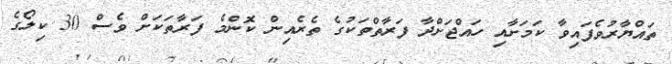
ތައްޔާރުވެފައިވާ ކަމަށާއި ހައްޖަށްދާ ފަރާތްތަކުގެ ތެރެއިން ކޮންމެ ފަރާތަކަށް ވެސް 30 ކިލޯގެ